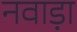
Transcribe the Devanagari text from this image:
नवाड़ा